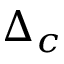
\Delta _ { c }